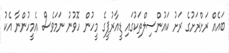
ބައެއް ރަށްރަށުގެ ރަށު ކައުންސިލްތަކުގައި ޑީއާރުޕީގެ މީހުން ހޮވުނު ނަމަވެސް އެމީހުންނާ އެކު